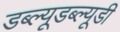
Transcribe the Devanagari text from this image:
डब्ल्यूडब्ल्यूडी